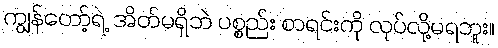
ကျွန်တော့်ရဲ့ အိတ်မရှိဘဲ ပစ္စည်း စာရင်းကို လုပ်လို့မရဘူး။